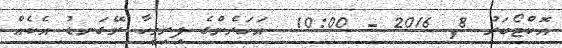
އޮކްޓޯބަރު 8